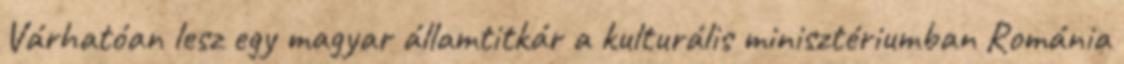
Várhatóan lesz egy magyar államtitkár a kulturális minisztériumban Románia